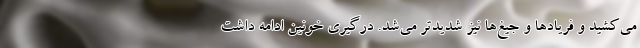
می‌کشید و فریاد‌ها و جیغ‌ها نیز شدیدتر می‌شد. درگیری خونین ادامه داشت